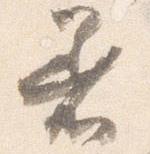
着